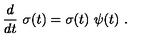
{ \frac { d } { d t } } \ \sigma ( t ) = \sigma ( t ) \ \psi ( t ) \ .